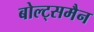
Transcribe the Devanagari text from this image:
बोल्ट्समैन